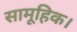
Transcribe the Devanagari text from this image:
सामूहिक।